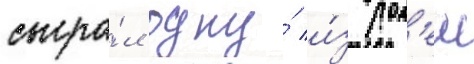
сыгра́л одну́ и́з рол'еи